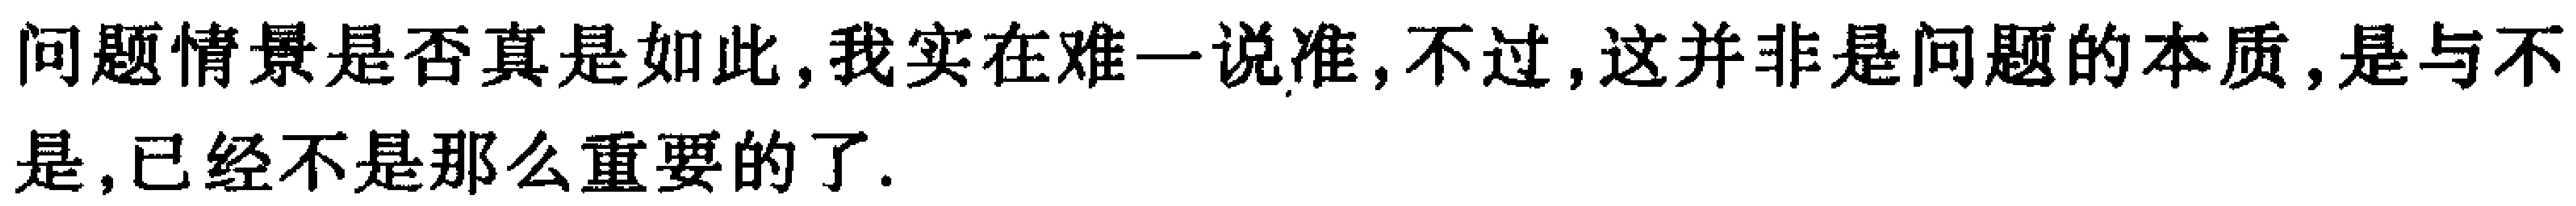
问题情景是否真是如此,我实在难一说准,不过,这并非是问题的本质,是与不是,已经不是那么重要的了.